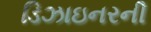
ડિઝાઇનરની